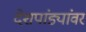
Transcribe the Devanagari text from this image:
देशपांड्यांवर